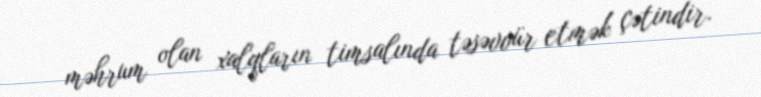
məhrum olan xalqların timsalında təsəvvür etmək çətindir.